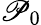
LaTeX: \mathscr{P}_{0}